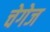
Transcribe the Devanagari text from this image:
चेगेज